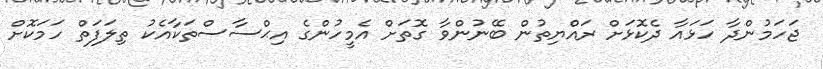
ޖަހަމުންދާ ހަޅައާ ދެކޮޅަށް ރައްޔިތުން ބޭނުންވާ ގޮތަށް އެމީހުންގެ އިޙްސާސްތަކާއެކު ތިލަފަތް ހަމަކޮށް